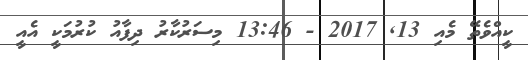
ކީއްވެތޭ މެއި 13